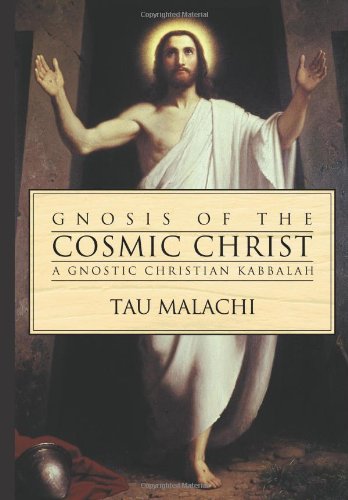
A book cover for Gnosis of the Cosmic Christ: A Gnostic Christian Kabbalah; Tau Malachi; Christian Books & Bibles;